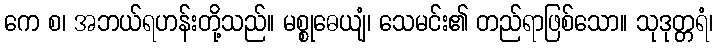
ကေ စ၊ အဘယ်ရဟန်းတို့သည်။ မစ္စုဓေယျံ၊ သေမင်း၏ တည်ရာဖြစ်သော။ သုဒုတ္တရံ၊